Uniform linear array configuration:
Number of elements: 64
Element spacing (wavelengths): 1
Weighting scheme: cosine
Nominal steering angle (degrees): -30
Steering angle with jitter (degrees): -29.784
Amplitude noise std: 0.05
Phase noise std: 0.05

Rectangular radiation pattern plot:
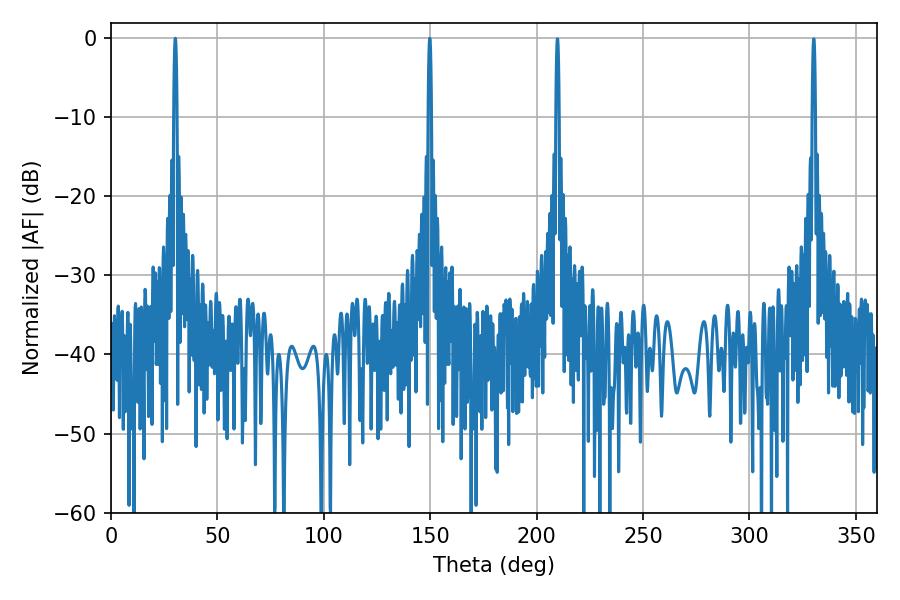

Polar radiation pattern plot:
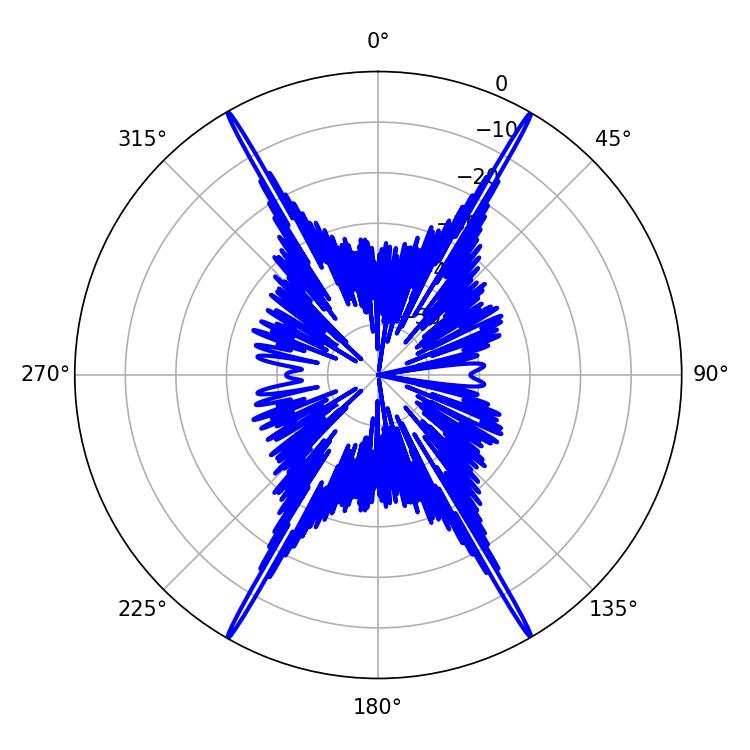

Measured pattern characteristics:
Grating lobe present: TRUE
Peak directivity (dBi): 37.623
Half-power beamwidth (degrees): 0.72
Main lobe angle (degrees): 30.24